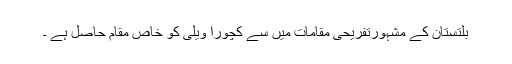
بلتستان کے مشہورتفریحی مقامات میں سے کچورا ویلی کو خاص مقام حاصل ہے ۔